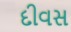
દીવસ